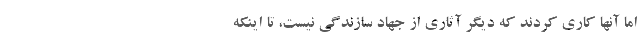
اما آنها کاری کردند که دیگر آثاری از جهاد سازندگی نیست، تا اینکه